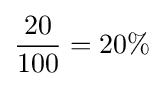
{\frac {20}{100}}=20\%